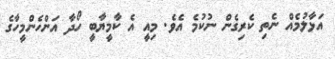
އަޅާލުމެއް ނެތި ކެރިގެން ނުކުމެ އެވެ. މިއީ އެ ކާމީޔާބީ ހޯދާ އަންހެންމީހާގެ